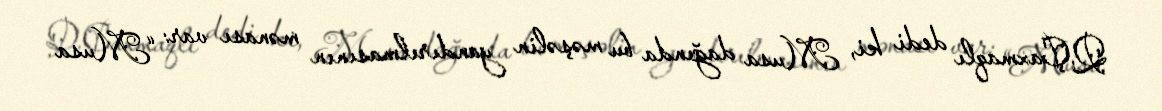
Q.Çaxmaqlı dedi ki, Musa dağında bu məşəlin yandırılmasının mənası var: “Musa